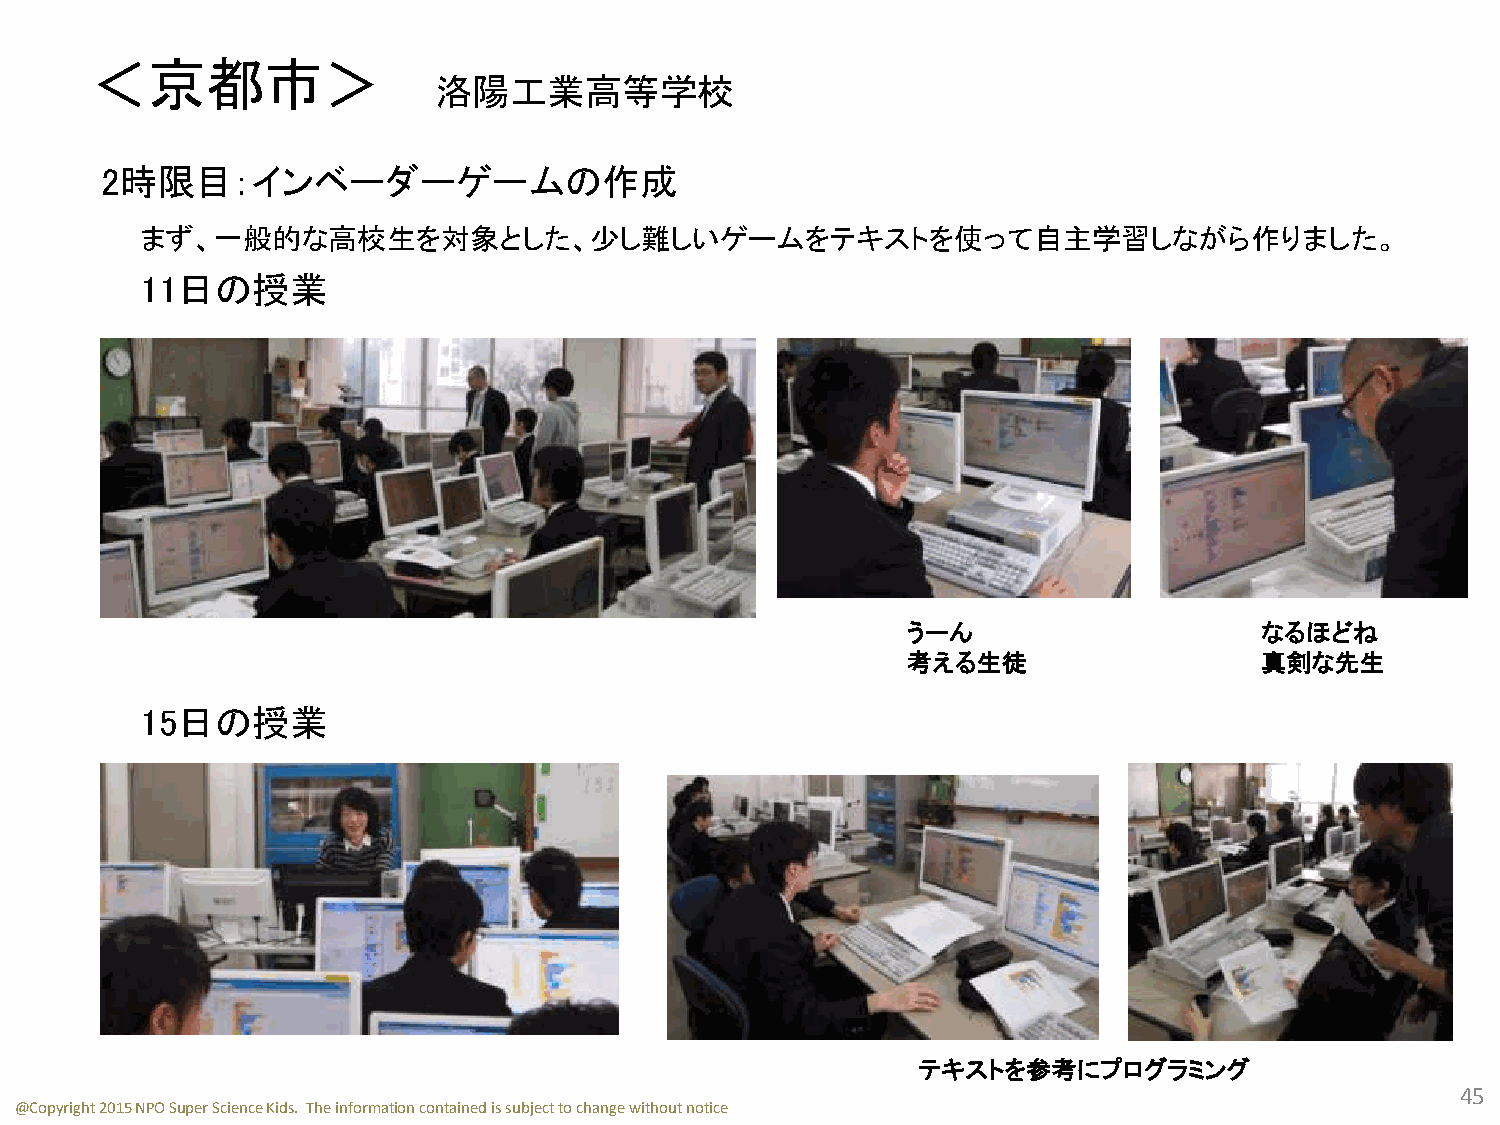
＜京都市＞
 洛陽工業高等学校
 2時限目：インベーダーゲームの作成
 まず、一般的な高校生を対象とした、少し難しいゲームをテキストを使って自主学習しながら作りました。
 11日の授業
 うーん                     なるほどね
 考える生徒                   真剣な先生
 15日の授業
 テキストを参考にプログラミング
 45
 @Copyright 2015 NPO Super Science Kids. The information contained is subject to change without notice